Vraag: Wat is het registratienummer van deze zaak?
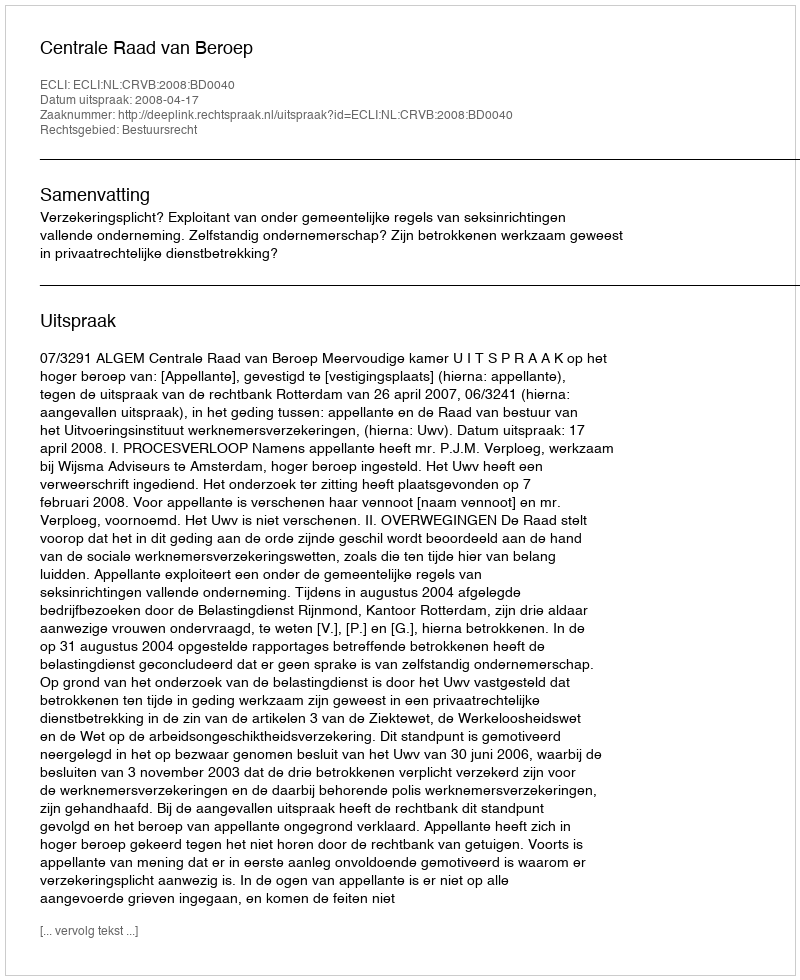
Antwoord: http://deeplink.rechtspraak.nl/uitspraak?id=ECLI:NL:CRVB:2008:BD0040